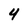
Character: 4